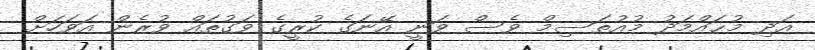
އަދި މުޙައްމަދު މުއުތަސިމް ވެސް ވަނީ އޭނަގެ ކުރީގެ ވަގުތައް ވުރެން އަވަހަށް